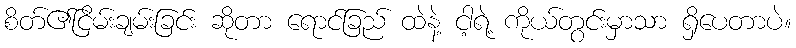
စိတ်၏ငြိမ်းချမ်းခြင်း ဆိုတာ ရောင်ခြည် ထဲနဲ့ ငါ့ရဲ့ ကိုယ်တွင်းမှာသာ ရှိပေတာပဲ။